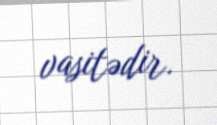
vasitədir.